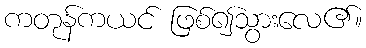
ကတုန်ကယင် ဖြစ်၍သွားလေ၏။